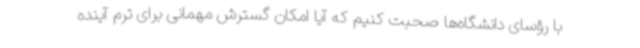
با رؤسای دانشگاه‌ها صحبت کنیم که آیا امکان گسترش مهمانی برای ترم آینده